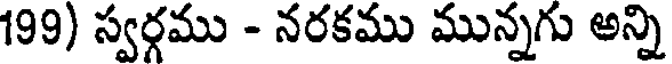
199) స్వర్గము - నరకము మున్నగు అన్ని